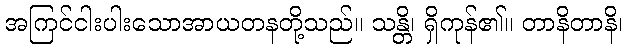
အကြင်ငါးပါးသောအာယတနတို့သည်။ သန္တိ၊ ရှိကုန်၏။ တာနိတာနိ၊